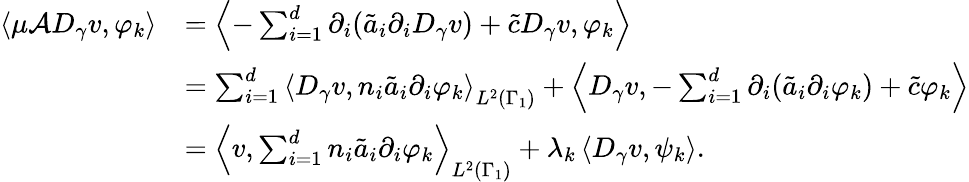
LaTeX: \begin{array}{rl}{\left<\mu\mathcal{A}D_{\gamma}v,\varphi_{k}\right>}&{=\left<-\sum_{i=1}^{d}\partial_{i}(\tilde{a}_{i}\partial_{i}D_{\gamma}v)+\tilde{c}D_{\gamma}v,\varphi_{k}\right>}\\ &{=\sum_{i=1}^{d}\left<D_{\gamma}v,n_{i}\tilde{a}_{i}\partial_{i}\varphi_{k}\right>_{L^{2}(\Gamma_{1})}+\left<D_{\gamma}v,-\sum_{i=1}^{d}\partial_{i}(\tilde{a}_{i}\partial_{i}\varphi_{k})+\tilde{c}\varphi_{k}\right>}\\ &{=\left<v,\sum_{i=1}^{d}n_{i}\tilde{a}_{i}\partial_{i}\varphi_{k}\right>_{L^{2}(\Gamma_{1})}+\lambda_{k}\left<D_{\gamma}v,\psi_{k}\right>.}\end{array}